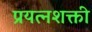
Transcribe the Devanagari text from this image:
प्रयत्‍नशक्ती